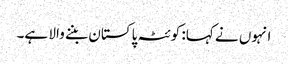
انہوں نے کہا: کوئٹہ پاکستان بننے والا ہے۔